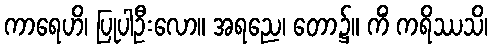
ကာရေဟိ၊ ပြုပါဦးလော။ အရညေ၊ တော၌။ ကိံ ကရိဿသိ၊